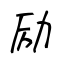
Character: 励